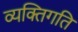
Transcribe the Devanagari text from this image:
व्यक्तिगति